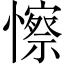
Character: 𢣼